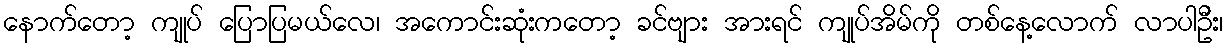
နောက်တော့ ကျုပ် ပြောပြမယ်လေ၊ အကောင်းဆုံးကတော့ ခင်ဗျား အားရင် ကျုပ်အိမ်ကို တစ်နေ့လောက် လာပါဦး၊